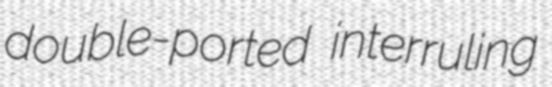
double-ported interruling